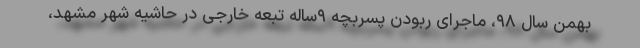
بهمن سال ۹۸، ماجرای ربودن پسربچه ۹ساله تبعه خارجی در حاشیه شهر مشهد،